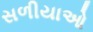
સળીયાઓ